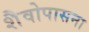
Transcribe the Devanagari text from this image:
शैवोपासना